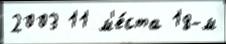
2003 11 м'е́ста 18-м